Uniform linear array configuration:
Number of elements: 8
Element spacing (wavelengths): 1
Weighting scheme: hamming
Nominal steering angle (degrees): -30
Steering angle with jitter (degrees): -28.154
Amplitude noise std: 0.05
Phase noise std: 0.05

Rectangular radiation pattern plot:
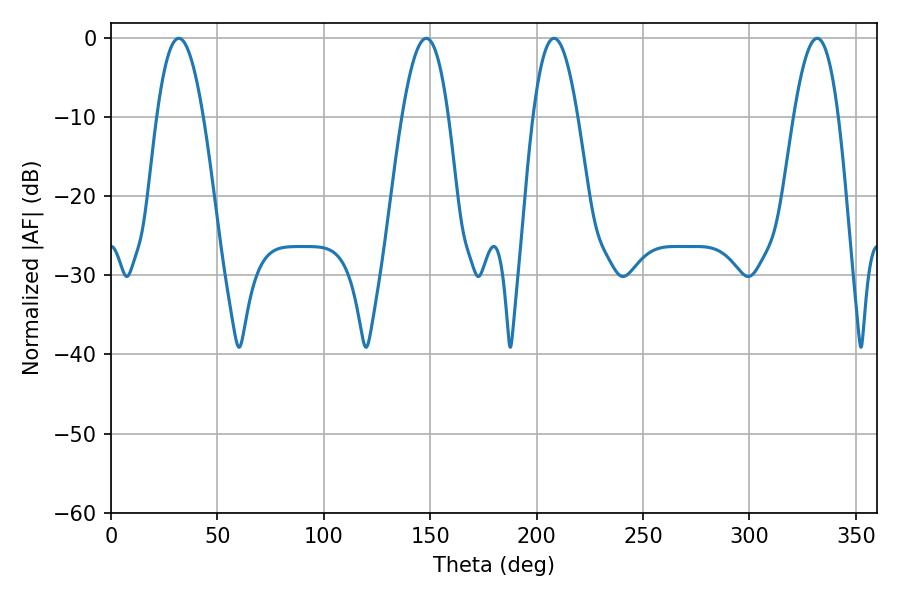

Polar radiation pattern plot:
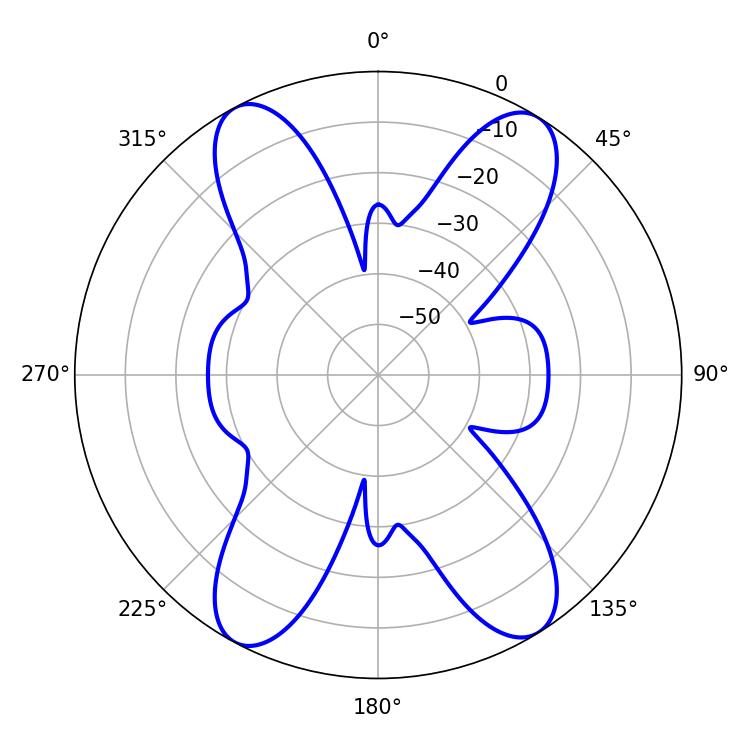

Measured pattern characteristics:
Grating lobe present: TRUE
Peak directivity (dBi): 18.04
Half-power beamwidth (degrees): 11.88
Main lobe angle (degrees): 148.14